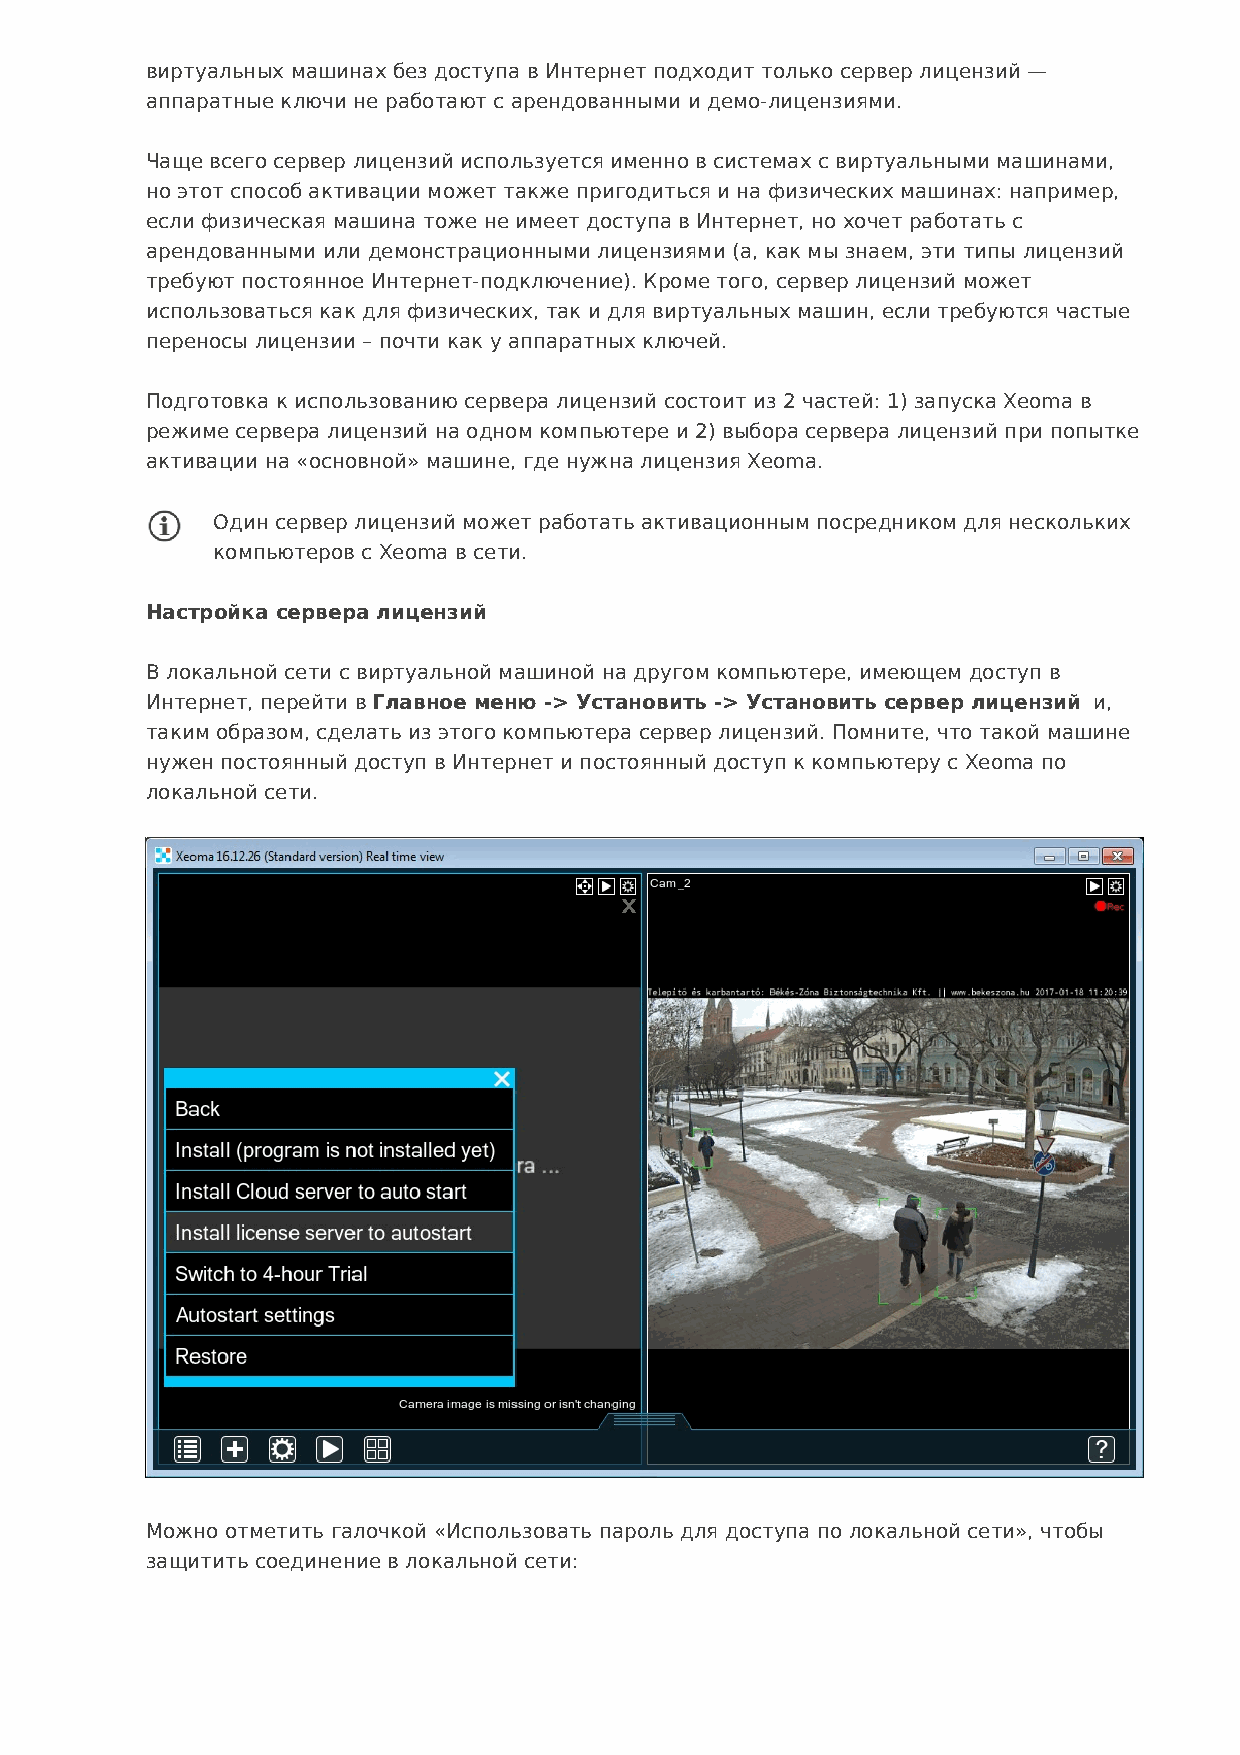
виртуальных машинах без доступа в Интернет подходит только сервер лицензий —
 аппаратные ключи не работают с арендованными и демо-лицензиями.
 Чаще всего сервер лицензий используется именно в системах с виртуальными машинами,
 но этот способ активации может также пригодиться и на физических машинах: например,
 если физическая машина тоже не имеет доступа в Интернет, но хочет работать с
 арендованными или демонстрационными лицензиями (а, как мы знаем, эти типы лицензий
 требуют постоянное Интернет-подключение). Кроме того, сервер лицензий может
 использоваться как для физических, так и для виртуальных машин, если требуются частые
 переносы лицензии – почти как у аппаратных ключей.
 Подготовка к использованию сервера лицензий состоит из 2 частей: 1) запуска Xeoma в
 режиме сервера лицензий на одном компьютере и 2) выбора сервера лицензий при попытке
 активации на «основной» машине, где нужна лицензия Xeoma.
 Один сервер лицензий может работать активационным посредником для нескольких
 компьютеров с Xeoma в сети.
 Настройка сервера лицензий
 В локальной сети с виртуальной машиной на другом компьютере, имеющем доступ в
 Интернет, перейти в Главное меню -> Установить -> Установить сервер лицензий и,
 таким образом, сделать из этого компьютера сервер лицензий. Помните, что такой машине
 нужен постоянный доступ в Интернет и постоянный доступ к компьютеру с Xeoma по
 локальной сети.
 Можно отметить галочкой «Использовать пароль для доступа по локальной сети», чтобы
 защитить соединение в локальной сети: